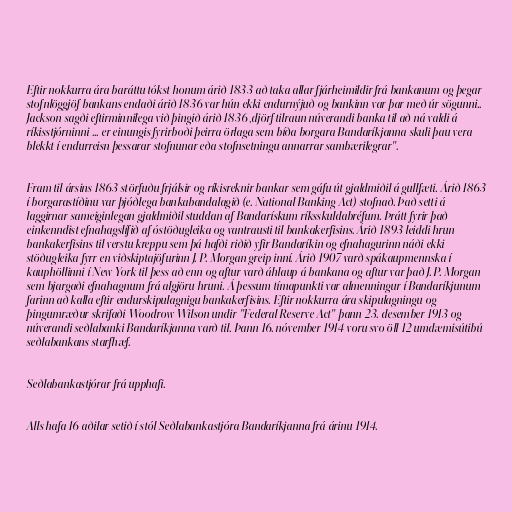
Eftir nokkurra ára baráttu tókst honum árið 1833 að taka allar fjárheimildir frá bankanum og þegar
stofnlöggjöf bankans endaði árið 1836 var hún ekki endurnýjuð og bankinn var þar með úr sögunni..
Jackson sagði eftirminnilega við þingið árið 1836 ,djörf tilraun núverandi banka til að ná valdi á
ríkisstjórninni ... er einungis fyrirboði þeirra örlaga sem bíða borgara Bandaríkjanna skuli þau vera
blekkt í endurreisn þessarar stofnunar eða stofnsetningu annarrar sambærilegrar".

Fram til ársins 1863 störfuðu frjálsir og ríkisreknir bankar sem gáfu út gjaldmiðil á gullfæti. Árið 1863
í borgarastíðinu var þjóðlega bankabandalagið (e. National Banking Act) stofnað. Það setti á
laggirnar sameiginlegan gjaldmiðil studdan af Bandarískum ríksskuldabréfum. Þrátt fyrir það
einkenndist efnahagslífið af óstöðugleika og vantrausti til bankakerfisins. Árið 1893 leiddi hrun
bankakerfisins til verstu kreppu sem þá hafði riðið yfir Bandaríkin og efnahagurinn náði ekki
stöðugleika fyrr en viðskiptajöfurinn J. P. Morgan greip inní. Árið 1907 varð spákaupmennska í
kauphöllinni í New York til þess að enn og aftur varð áhlaup á bankana og aftur var það J. P. Morgan
sem bjargaði efnahagnum frá algjöru hruni. Á þessum tímapunkti var almenningur í Bandaríkjunum
farinn að kalla eftir endurskipulagnigu bankakerfisins. Eftir nokkurra ára skipulagningu og
þingumræður skrifaði Woodrow Wilson undir "Federal Reserve Act" þann 23. desember 1913 og
núverandi seðlabanki Bandaríkjanna varð til. Þann 16. nóvember 1914 voru svo öll 12 umdæmisútibú
seðlabankans starfhæf.

Seðlabankastjórar frá upphafi.

Alls hafa 16 aðilar setið í stól Seðlabankastjóra Bandaríkjanna frá árinu 1914.